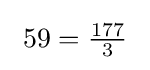
{\text{ }}59={\tfrac {177}{3}}{\text{ }}